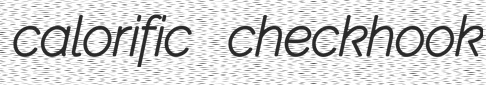
calorific checkhook